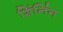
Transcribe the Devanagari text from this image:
शिंलिंग